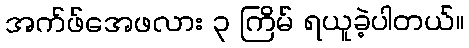
အက်ဖ်အေဖလား ၃ ကြိမ် ရယူခဲ့ပါတယ်။